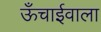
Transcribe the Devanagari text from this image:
ऊँचाईवाला